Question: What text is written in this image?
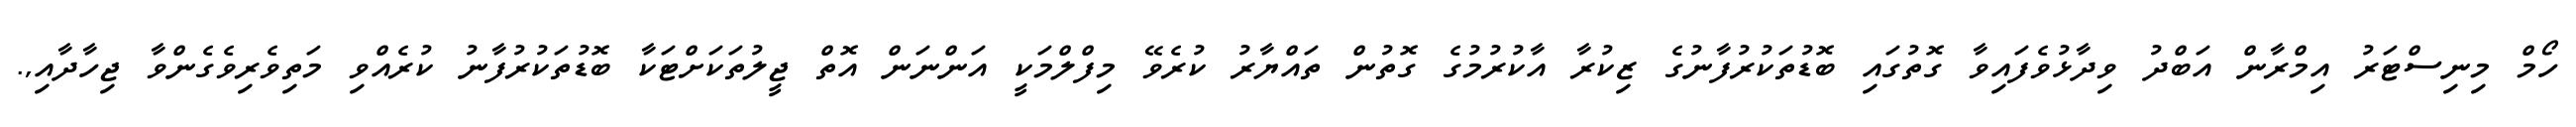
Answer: ހޯމް މިނިސްޓަރު އިމްރާން އަބްދު ވިދާޅުވެފައިވާ ގޮތުގައި ބޮޑުތަކުރުފާނުގެ ޒިކުރާ އާކުރުމުގެ ގޮތުން ތައްޔާރު ކުރެވޭ މިފްލްމަކީ އަންނަން އޮތް ޖީލުތަކަށްޓަކާ ބޮޑުތަކުރުފާނު ކުރެއްވި މަތިވެރިވެގެންވާ ޖިހާދާއި,.